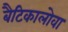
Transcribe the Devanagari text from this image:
बैटिकालोवा